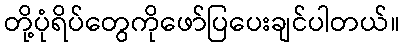
တို့ပုံရိပ်တွေကိုဖော်ပြပေးချင်ပါတယ်။